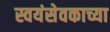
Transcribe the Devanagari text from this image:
स्वयंसेवकाच्या